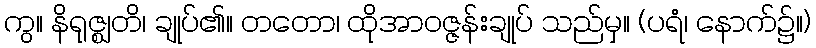
ကွ။ နိရုဇ္ဈတိ၊ ချုပ်၏။ တတော၊ ထိုအာဝဇ္ဇန်းချုပ် သည်မှ။ (ပရံ၊ နောက်၌။)